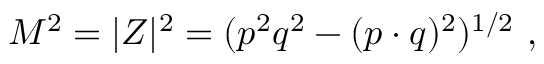
M ^ { 2 } = | Z | ^ { 2 } = ( p ^ { 2 } q ^ { 2 } - ( p \cdot q ) ^ { 2 } ) ^ { 1 / 2 } \ ,